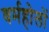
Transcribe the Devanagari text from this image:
वर्महोलों